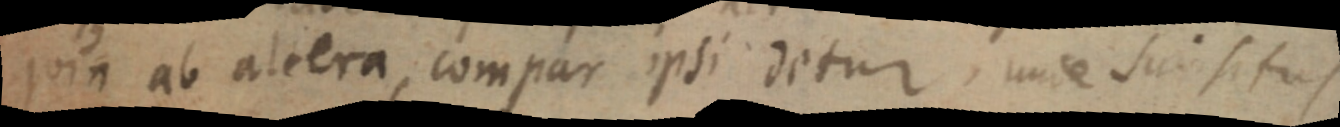
quia ab altera compar ipsi detur, unde sui situs